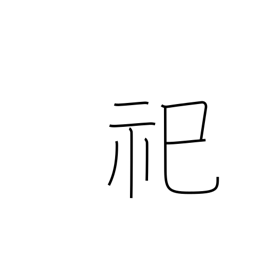
Meaning: enshrine